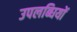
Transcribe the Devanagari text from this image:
उपलब्घियों